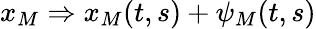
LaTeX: x_{M}\Rightarrow x_{M}(t,s)+\psi_{M}(t,s)